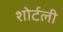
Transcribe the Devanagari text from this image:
शोर्टली